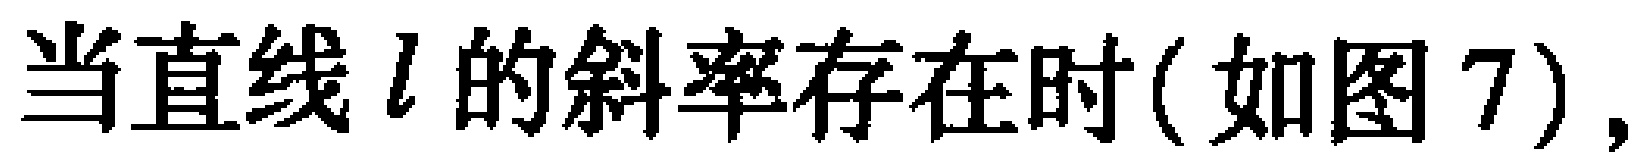
当直线\(l\)的斜率存在时(如图7)，